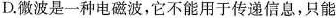
D.微波是一种电磁波，它不能用于传递信息，只能